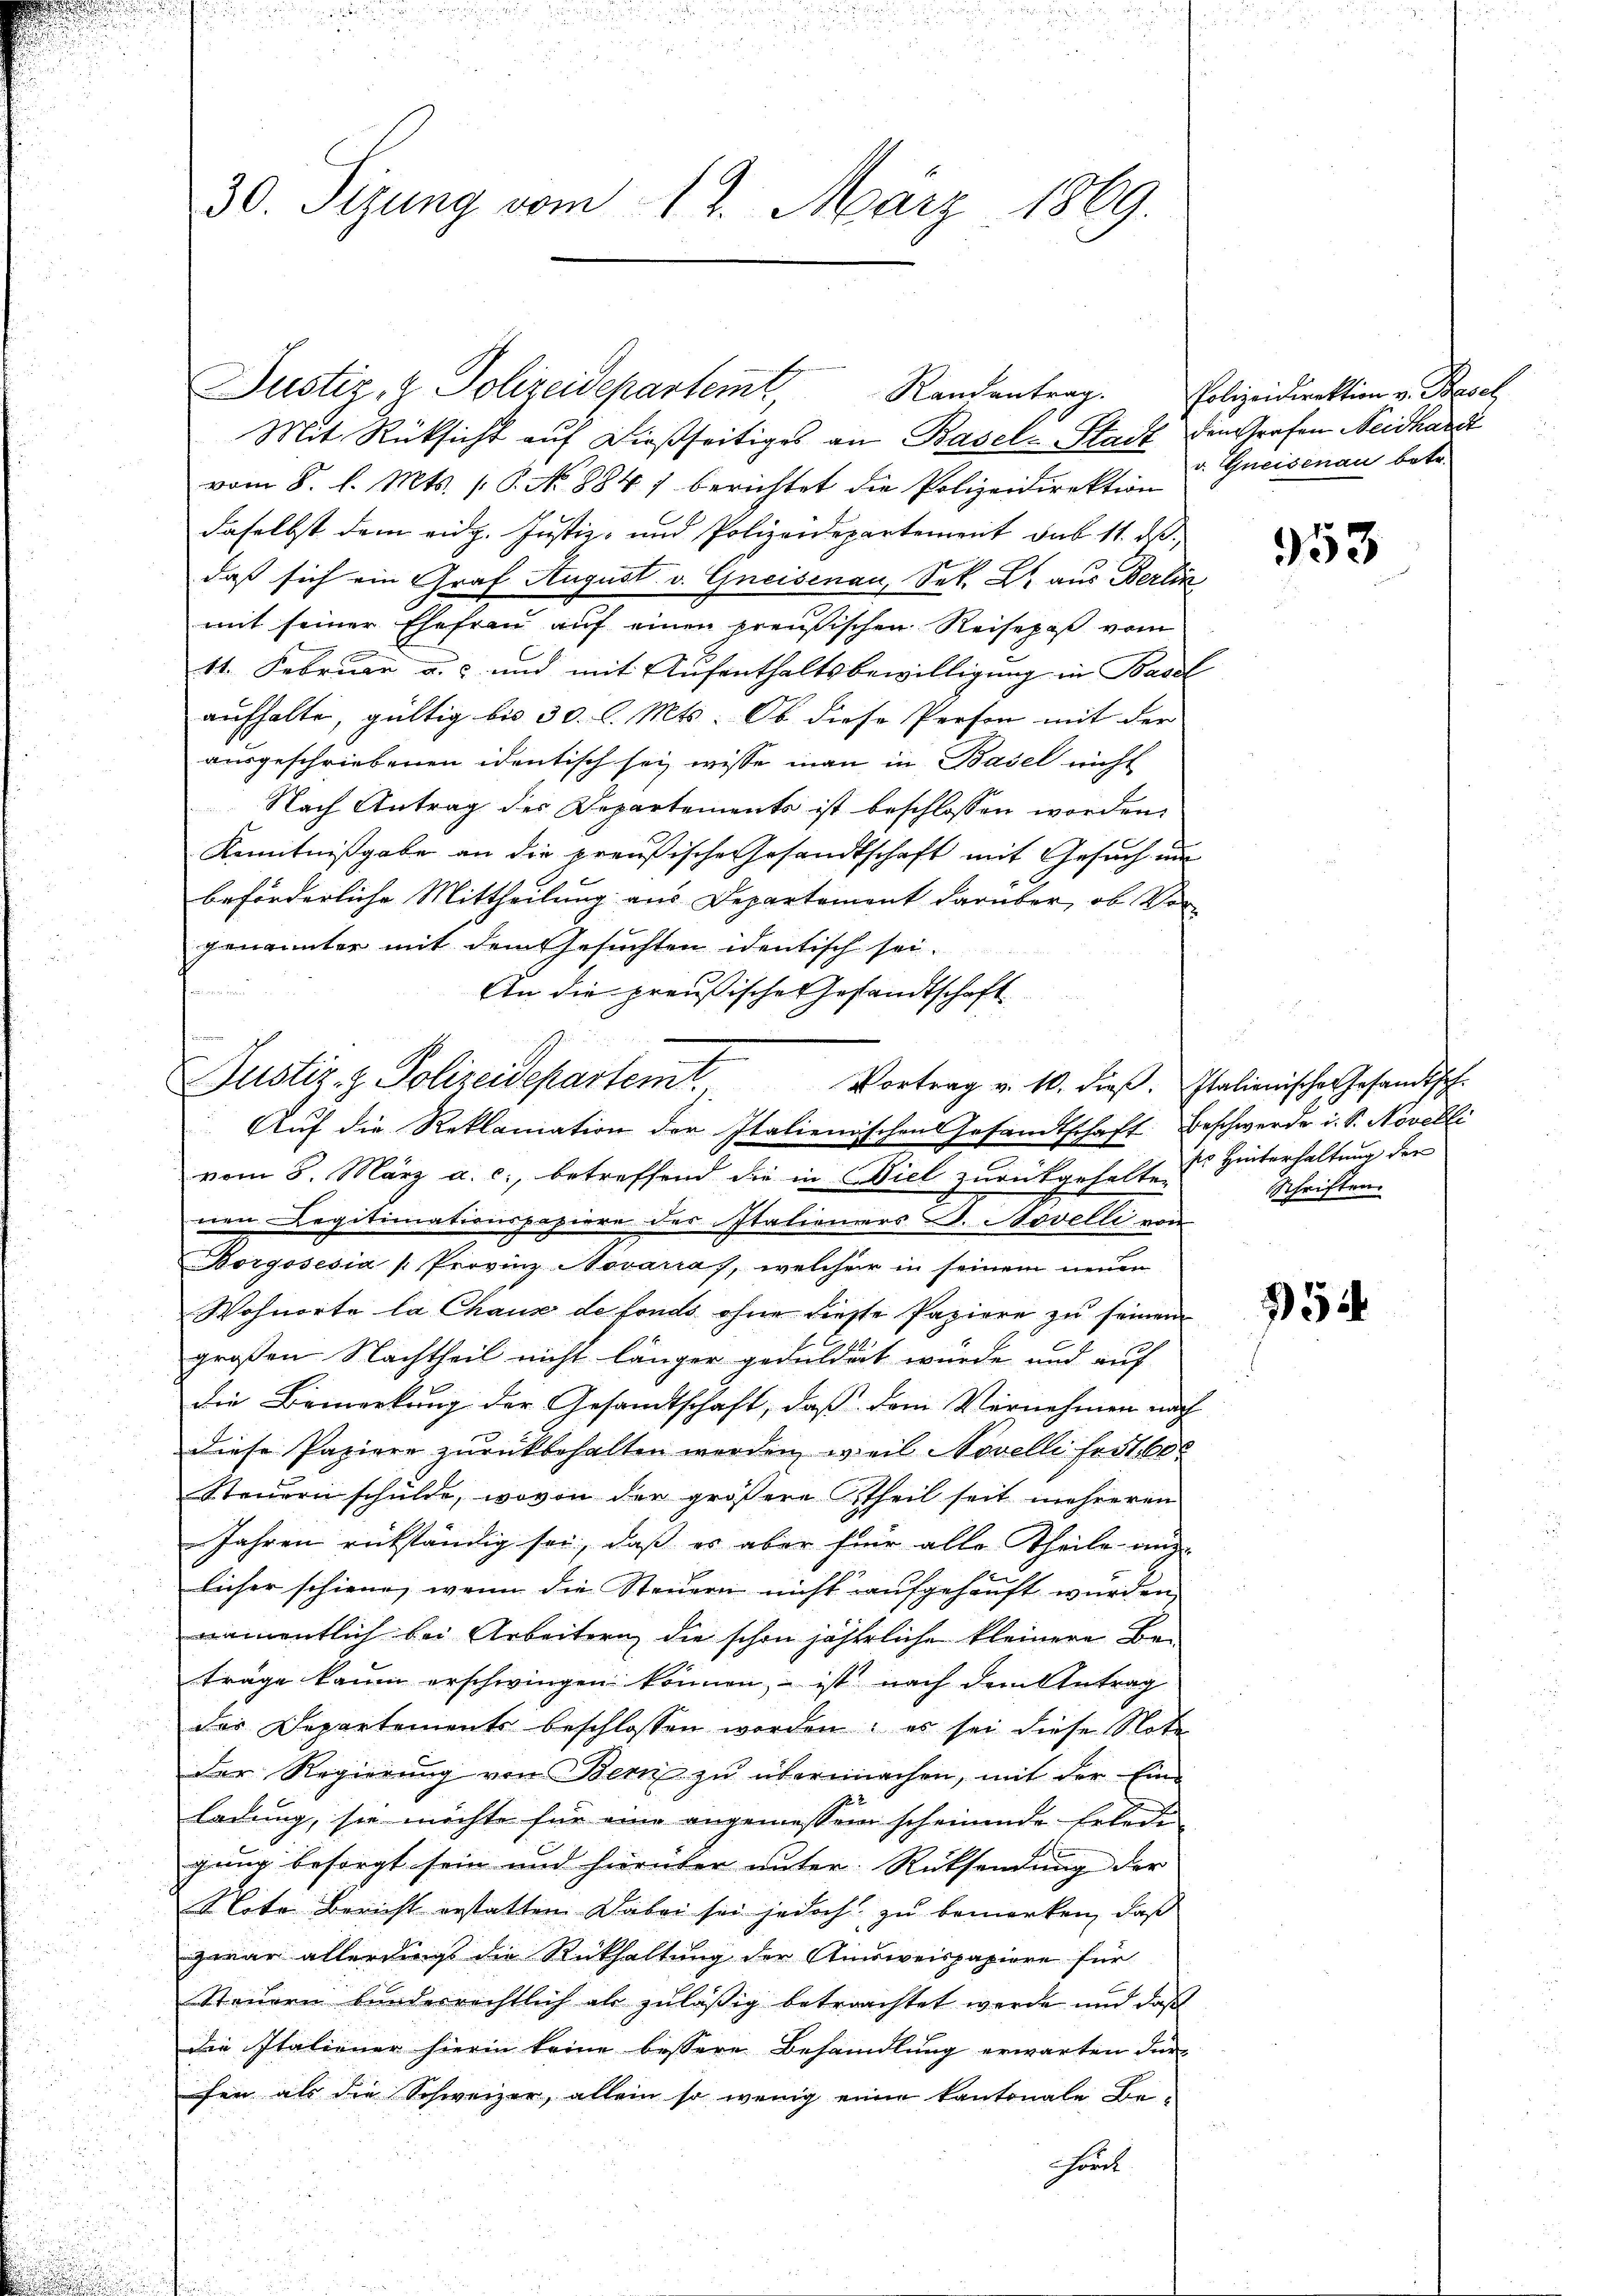
30. Sizung vom 12. März 1869.

Mit Rücksicht auf dießseitiges an Basel-Stadt den Grafen Neidhardt
vom 8. l. Mts. S. No 884) berichtet die Polizeidirektion
daselbst dem eidg. Justiz- und Polizeidepartement sub 11. ds.,
daß sich ein Graf August v. Greisenau, Sek. B. aus Berlin
mit seiner Ehefrau auf einen preußischen Reisepaß vom
11. Februar a. und mit Aufenthaltsbewilligung in Basel
aufhalte, gültig bis 30. l. Mts. Ob diese Person mit der
ausgeschriebenen identisch sei wisse man in Basel nicht
Nach Antrag des Departements ist beschlossen worden.
Kenntnißgabe an die preußische Gesandtschaft mit Gesuch um
beförderliche Mittheilung aus Departement darüber, ob Vor
genannter mit dem Gesuchten identisch sei.
An die preußische Gesandtschaft
Auf die Reklamation der Italienischen Gesandtschaft Beschwerde i. S. Novelli
vom 8. März a. c., betreffend die in Biel zurückgehalten
nen Legitimationspapiere des Italieners L. Novelli von
2
Borgosesia Provinz Novarra, welche in seinem neuen
Wohnorte la Chaux de fonds ohne diese Papiere zu seinen
großen Nachtheil nicht länger geduldigt würde und auf
die Bemerkung der Gesandtschaft, daß dem Vernehmen nach
diese Papiere zurückbehalten werden, weil Novelli fest. 600
Steuern schulde, wovon der größere theil seit mehreren
Jahren rükständig sei, daß es aber für alle Theile ang
licher schiene, wenn die Steuern nicht aufgehäuft wurden,
namentlich bei Arbeitern die schon jährliche kleinere Betrage kaum erschwingen können, – ist nach dem Antrag
der Departements beschlossen worden; es sei diese Note
der Regierŭng von Bern zŭ übermachen, mit der Ein-
ladung, sie möchte für eine angemessen scheinende Erlede
gung besorgt sein und hierüber unter Rücksendung der
Note Bericht erstatten. Dabei sei jedoch zu bemerken, daß
zwar allerdingt die Rückhaltung der Ausweispapiere für
Steuern bunderrechtlich als zuläßig betrachtet werde und daß
die Italiener hierin keine bessere Behandlung erwarten dürfen als die Schweizer, allein so wenig einer kantonale Behort

Justiz- & Polizeidepartemt.

Justiz- & Polizeidepartem Randantrag. Polizeidirektion v. Besch

Vortrag v. 10. dieβ. Italienischer Gesandtsch-

v. Greisenau betr.

353

ss Hinterhaltung der
Schriften.

354